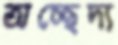
অচ্ছেদ্য